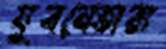
যুবনেতারা